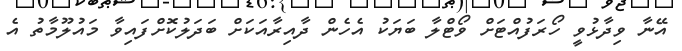
އޭނާ ވިދާޅުވީ ހޯރަފުއްޓަށް ވޯޓްލާ ބަޔަކު އެހެން ދާއިރާއަކަށް ބަދަލުކޮށްފައިވާ މައުލޫމާތު އެ